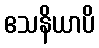
ဧသနိယာပိ